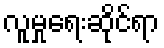
လူမှုရေးဆိုင်ရာ